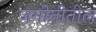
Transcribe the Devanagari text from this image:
जमीनीतील